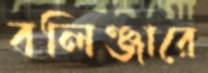
বলিঞ্জারে